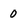
Character: 0